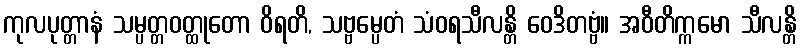
ကုလပုတ္တာနံ သမ္ပတ္တဝတ္ထုတော ဝိရတိ, သဗ္ဗမ္ပေတံ သံဝရသီလန္တိ ဝေဒိတဗ္ဗံ။ အဝီတိက္ကမော သီလန္တိ